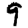
Digit: 9